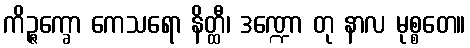
ကိဉ္ဇက္ခော ကေသရော နိတ္ထီ၊ ဒဏ္ဍော တု နာလ မုစ္စတေ။